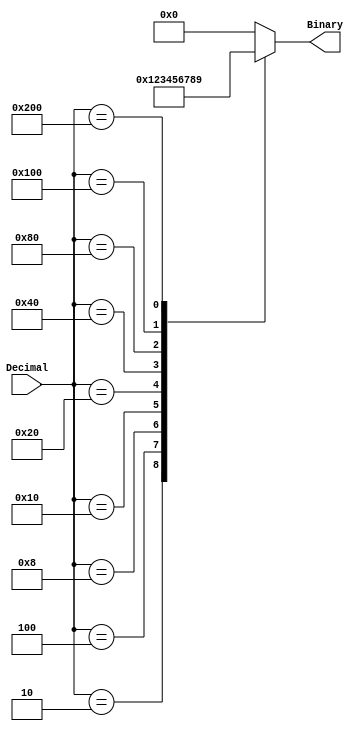
module Decimal2Binary_Encoder( Decimal, Binary );
         
    input [9:0] Decimal;
    output [3:0] Binary;
    reg [3:0] Binary;

always @(Decimal)
    begin
        case (Decimal) 
            10'b0000000001 : Binary = 4'b0000;   
            10'b0000000010 : Binary = 4'b0001;   
            10'b0000000100 : Binary = 4'b0010;  
            10'b0000001000 : Binary = 4'b0011;   
            10'b0000010000 : Binary = 4'b0100;  
            10'b0000100000 : Binary = 4'b0101;  
            10'b0001000000 : Binary = 4'b0110;
            10'b0010000000 : Binary = 4'b0111;   
            10'b0100000000 : Binary = 4'b1000;
            10'b1000000000 : Binary = 4'b1001;                
			
            default: Binary = 4'b0000;
        endcase
    end
    
endmodule